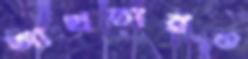
আখতারও